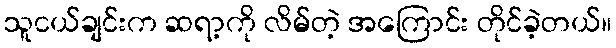
သူငယ်ချင်းက ဆရာ့ကို လိမ်တဲ့ အကြောင်း တိုင်ခဲ့တယ်။